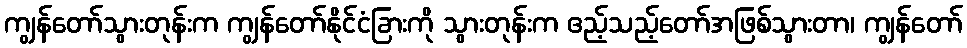
ကျွန်တော်သွားတုန်းက ကျွန်တော်နိုင်ငံခြားကို သွားတုန်းက ဧည့်သည့်တော်အဖြစ်သွားတာ၊ ကျွန်တော်